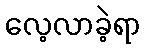
လေ့လာခဲ့ရာ